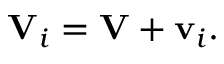
\mathbf { V } _ { i } = \mathbf { V } + \mathbf { v } _ { i } .